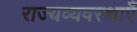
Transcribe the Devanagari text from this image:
राज्यव्यवस्थाएँ